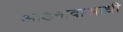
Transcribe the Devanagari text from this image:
आडनावाआधी